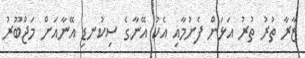
ޒާރާ ތުރު ތުރު އަޅަން ފެށުމާއި އެކު އޭނާގެ ސިކުނޑި އޭނާއަށް މަޖްބޫރު